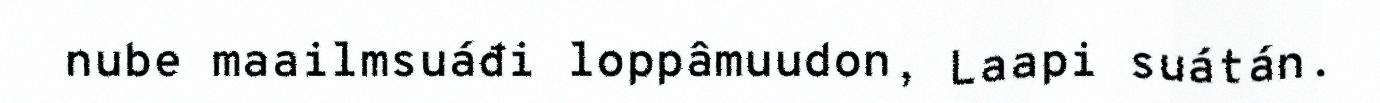
nube maailmsuáđi loppâmuudon, Laapi suátán.